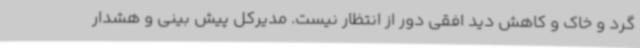
گرد و خاک و کاهش دید افقی دور از انتظار نیست. مدیرکل پیش بینی و هشدار